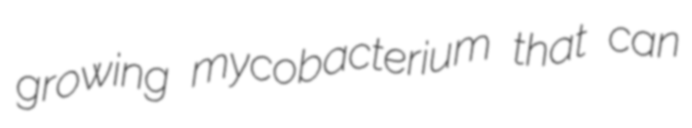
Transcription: growing mycobacterium that can